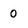
Character: 0